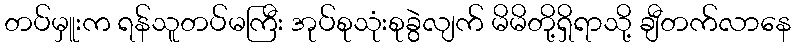
တပ်မှူးက ရန်သူတပ်မကြီး အုပ်စုသုံးစုခွဲလျက် မိမိတို့ရှိရာသို့ ချီတက်လာနေ